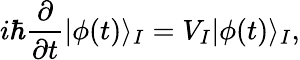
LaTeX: i\hbar\frac{\partial}{\partial t}|\phi(t)\rangle_{I}=V_{I}|\phi(t)\rangle_{I},